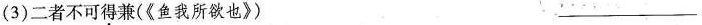
(3)二者不可得兼(《鱼我所欲也》) ___